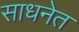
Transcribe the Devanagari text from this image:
साधनेत